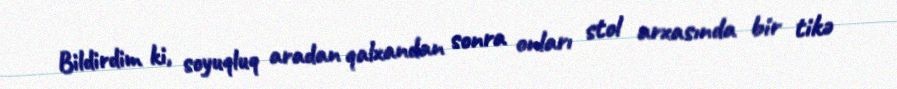
Bildirdim ki, soyuqluq aradan qalxandan sonra onları stol arxasında bir tikə